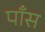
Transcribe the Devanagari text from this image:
पाँस